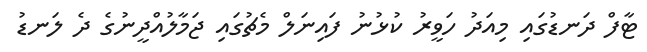
ޓާފް ދަނޑުގައި މިއަދު ހަވީރު ކުޅުނު ފައިނަލް މެޗުގައި ޖަމާލުއްދީނުގެ ދެ ލަނޑު